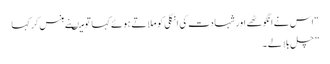
“ اس نے انگوٹھے اور شہادت کی انگلی کو ملاتے ہوئے کہا تو میںنے ہنس کر کہا
” چل بلا لے ۔